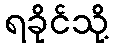
ရခိုင်သို့